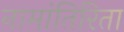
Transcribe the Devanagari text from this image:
नामांतिरिता